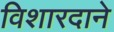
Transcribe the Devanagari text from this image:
विशारदाने